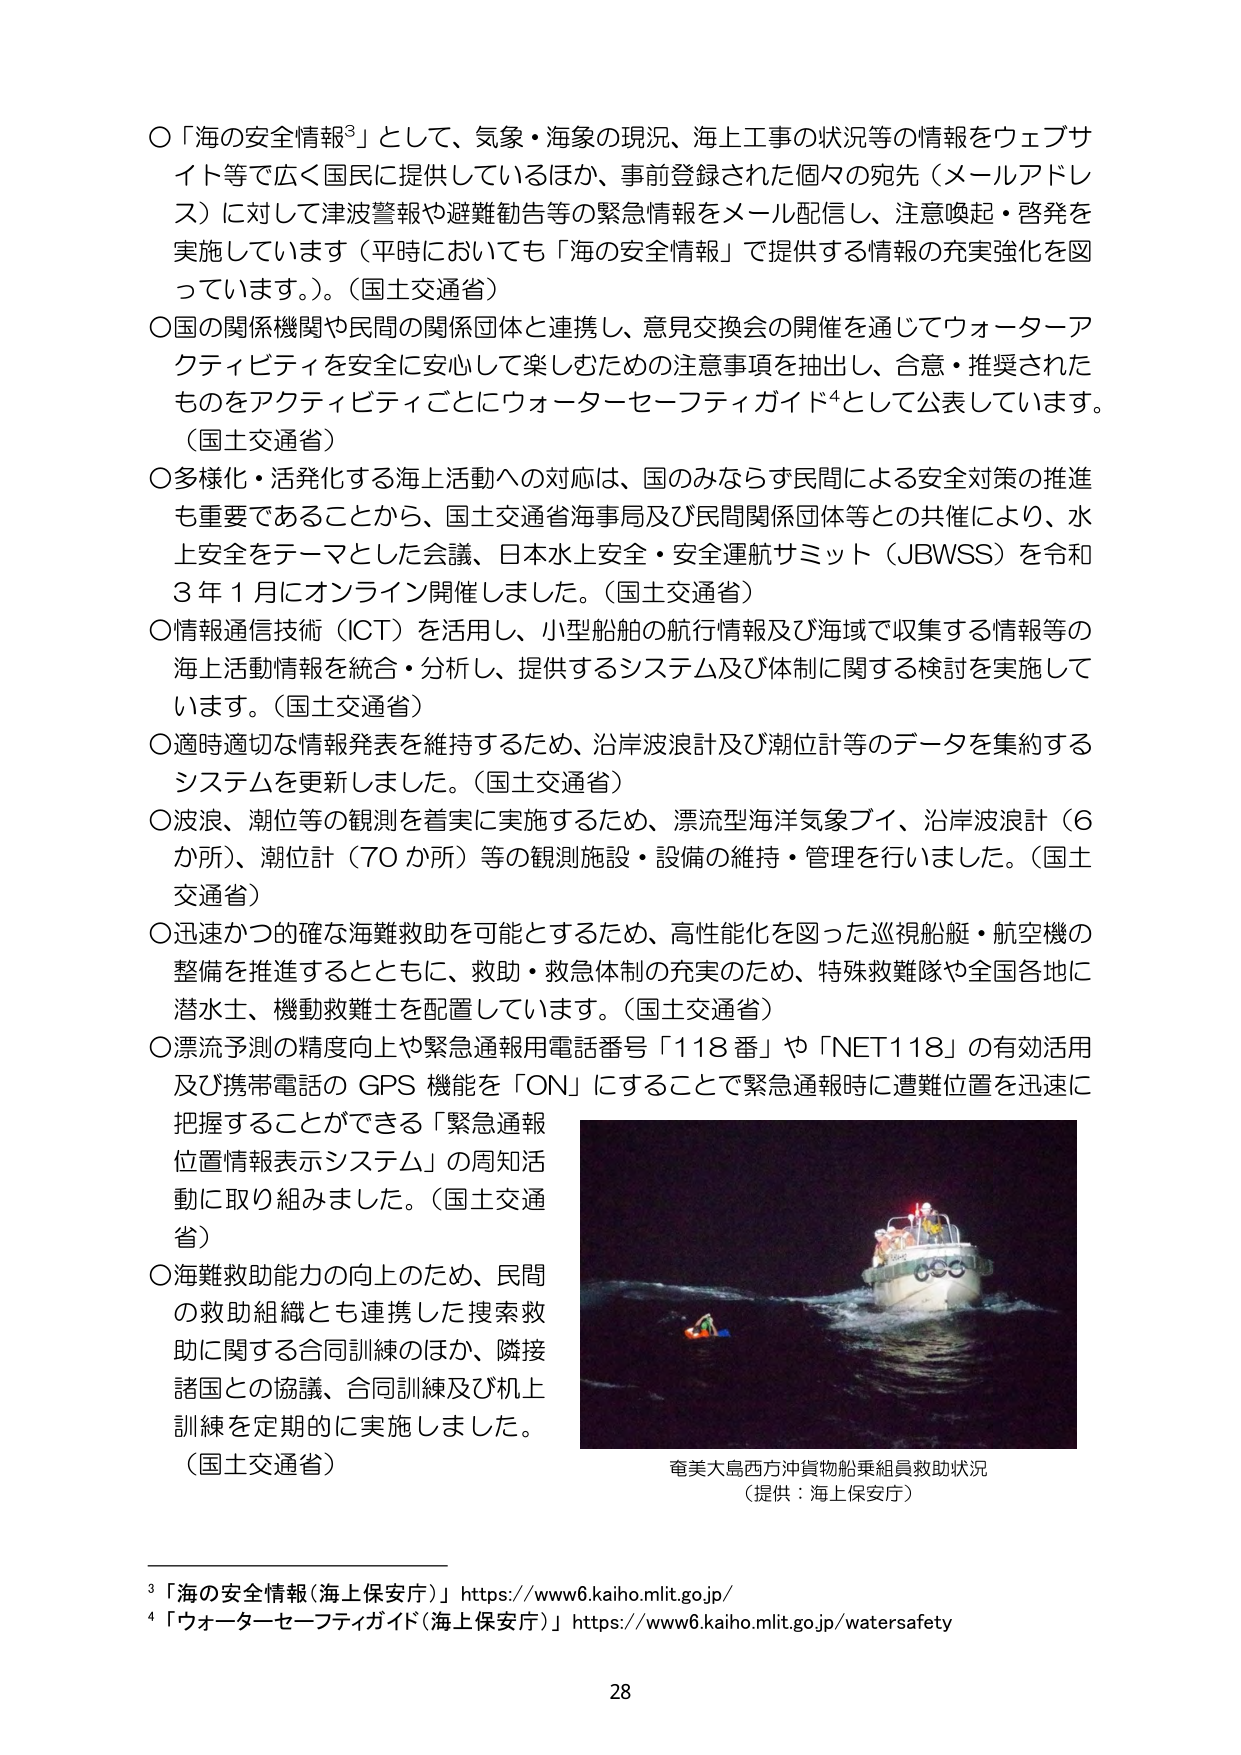
〇「海の安全情報³」として、気象・海象の現況、海上工事の状況等の情報をウェブサイト等で広く国民に提供しているほか、事前登録された個々の宛先（メールアドレス）に対して津波警報や避難勧告等の緊急情報をメール配信し、注意喚起・啓発を実施しています（平時においても「海の安全情報」で提供する情報の充実強化を図っています。）。（国土交通省）

〇国の関係機関や民間の関係団体と連携し、意見交換会の開催を通じてウォーターアクティビティを安全に安心して楽しむための注意事項を抽出し、合意・推奨されたものをアクティビティごとにウォーターセーフティガイド⁴として公表しています。（国土交通省）

〇多様化・活発化する海上活動への対応は、国のみならず民間による安全対策の推進も重要であることから、国土交通省海事局及び民間関係団体等との共催により、水上安全をテーマとした会議、日本水上安全・安全運航サミット（JBWSS）を令和3年1月にオンライン開催しました。（国土交通省）

〇情報通信技術（ICT）を活用し、小型船舶の航行情報及び海域で収集する情報等の海上活動情報を統合・分析し、提供するシステム及び体制に関する検討を実施しています。（国土交通省）

〇適時適切な情報発表を維持するため、沿岸波浪計及び潮位計等のデータを集約するシステムを更新しました。（国土交通省）

〇波浪、潮位等の観測を着実に実施するため、漂流型海洋気象ブイ、沿岸波浪計（6か所）、潮位計（70か所）等の観測施設・設備の維持・管理を行いました。（国土交通省）

〇迅速かつ的確な海難救助を可能とするため、高性能化を図った巡視船艇・航空機の整備を推進するとともに、救助・救急体制の充実のため、特殊救難隊や全国各地に潜水士、機動救難士を配置しています。（国土交通省）

〇漂流予測の精度向上や緊急通報用電話番号「118番」や「NET118」の有効活用及び携帯電話のGPS機能を「ON」にすることで緊急通報時に遭難位置を迅速に把握することができる「緊急通報位置情報表示システム」の周知活動に取り組みました。（国土交通省）

〇海難救助能力の向上のため、民間の救助組織とも連携した捜索救助に関する合同訓練のほか、隣接諸国との協議、合同訓練及び机上訓練を定期的に実施しました。（国土交通省）

奄美大島西方沖貨物船乗組員救助状況
（提供：海上保安庁）

³「海の安全情報（海上保安庁）」https://www6.kaiho.mlit.go.jp/
⁴「ウォーターセーフティガイド（海上保安庁）」https://www6.kaiho.mlit.go.jp/watersafety

28